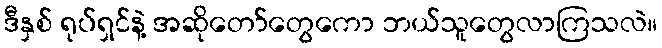
ဒီနှစ် ရုပ်ရှင်နဲ့ အဆိုတော်တွေကော ဘယ်သူတွေလာကြသလဲ။